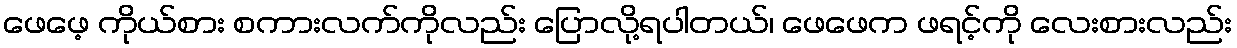
ဖေဖေ့ ကိုယ်စား စကားလက်ကိုလည်း ပြောလို့ရပါတယ်၊ ဖေဖေက ဖရင့်ကို လေးစားလည်း